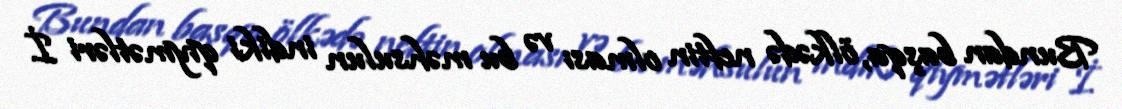
Bundan başqa, ölkədə neftin olması və bu məhsulun indiki qiymətləri İ.